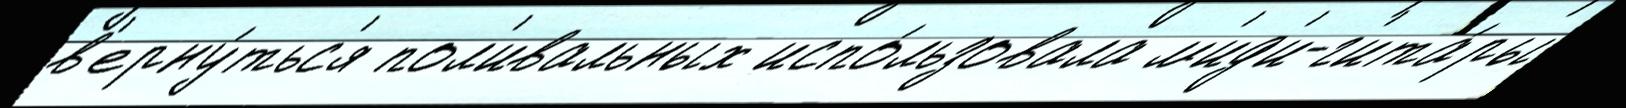
в'ерну́тьс'я пол'ивальных испо́льзовала м'ид'и-г'ита́ры